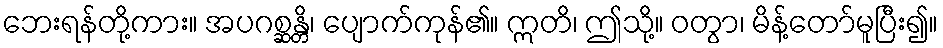
ဘေးရန်တို့ကား။ အပဂစ္ဆန္တိ၊ ပျောက်ကုန်၏။ ဣတိ၊ ဤသို့။ ဝတွာ၊ မိန့်တော်မူပြီး၍။